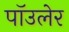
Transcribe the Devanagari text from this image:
पॉउलेर